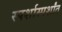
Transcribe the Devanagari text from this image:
स्पर्शास्पर्शांत